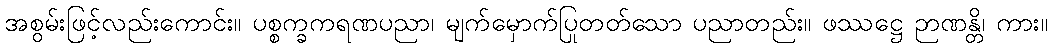
အစွမ်းဖြင့်လည်းကောင်း။ ပစ္စက္ခကရဏပညာ၊ မျက်မှောက်ပြုတတ်သော ပညာတည်း။ ဖဿဋ္ဌေ ဉာဏန္တိ၊ ကား။